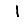
Digit: 1